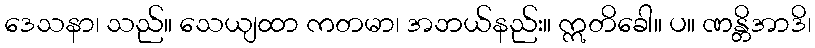
ဒေသနာ၊ သည်။ သေယျထာ ကတမာ၊ အဘယ်နည်း။ ဣတိခေါ။ ပ။ ဏန္တိအာဒိ၊